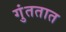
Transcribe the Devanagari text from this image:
गुंततात